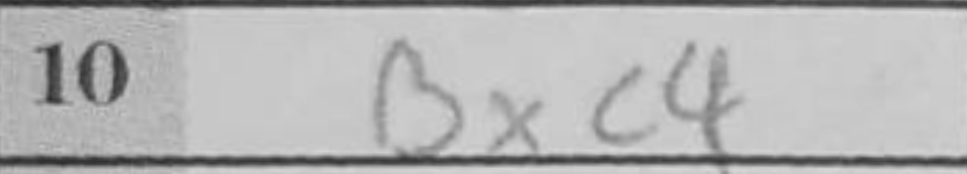
Transcription: Bxc4